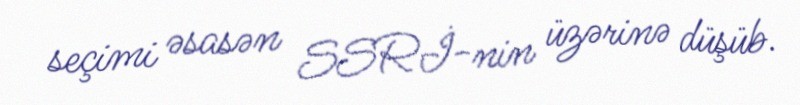
seçimi əsasən SSRİ-nin üzərinə düşüb.